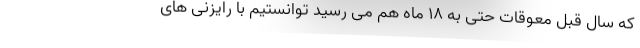
که سال قبل معوقات حتی به ۱۸ ماه هم می رسید توانستیم با رایزنی های